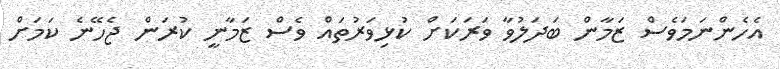
އެހެންނަމަވެސް ޒަމާން ބަދަލުވާ ވަރަކަށް ކުޅިވަރުތައް ވެސް ޒަމާނީ ކުރަން ޖެހޭނެ ކަމަށް